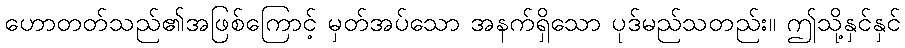
ဟောတတ်သည်၏အဖြစ်ကြောင့် မှတ်အပ်သော အနက်ရှိသော ပုဒ်မည်သတည်း။ ဤသို့နှင်နှင်